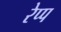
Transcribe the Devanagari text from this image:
रेप्प